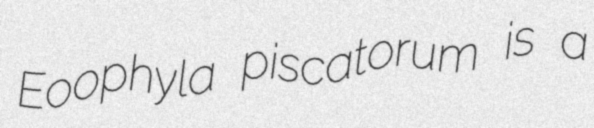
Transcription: Eoophyla piscatorum is a